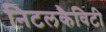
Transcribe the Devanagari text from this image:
निटलकैविटी